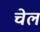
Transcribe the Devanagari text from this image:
चेल